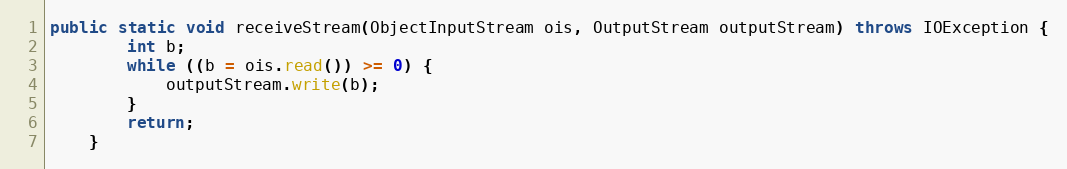
Language: Java
public static void receiveStream(ObjectInputStream ois, OutputStream outputStream) throws IOException {
		int b;
		while ((b = ois.read()) >= 0) {
			outputStream.write(b);
		}
		return;
	}